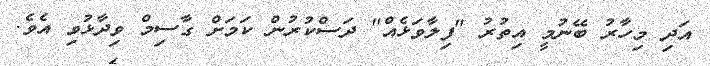
އަދި މިހާރު ބޭނުމީ އިތުރު "ފިލާވަޅެއް" ދަސްކުރުން ކަމަށް ގާސިމް ވިދާޅުވި އެވެ.